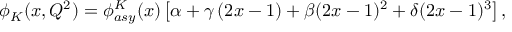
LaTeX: \phi _ { K } ( x , Q ^ { 2 } ) = \phi _ { a s y } ^ { K } ( x ) \left[ \alpha + \gamma \left( 2 x - 1 \right) + \beta ( 2 x - 1 ) ^ { 2 } + \delta ( 2 x - 1 ) ^ { 3 } \right] ,